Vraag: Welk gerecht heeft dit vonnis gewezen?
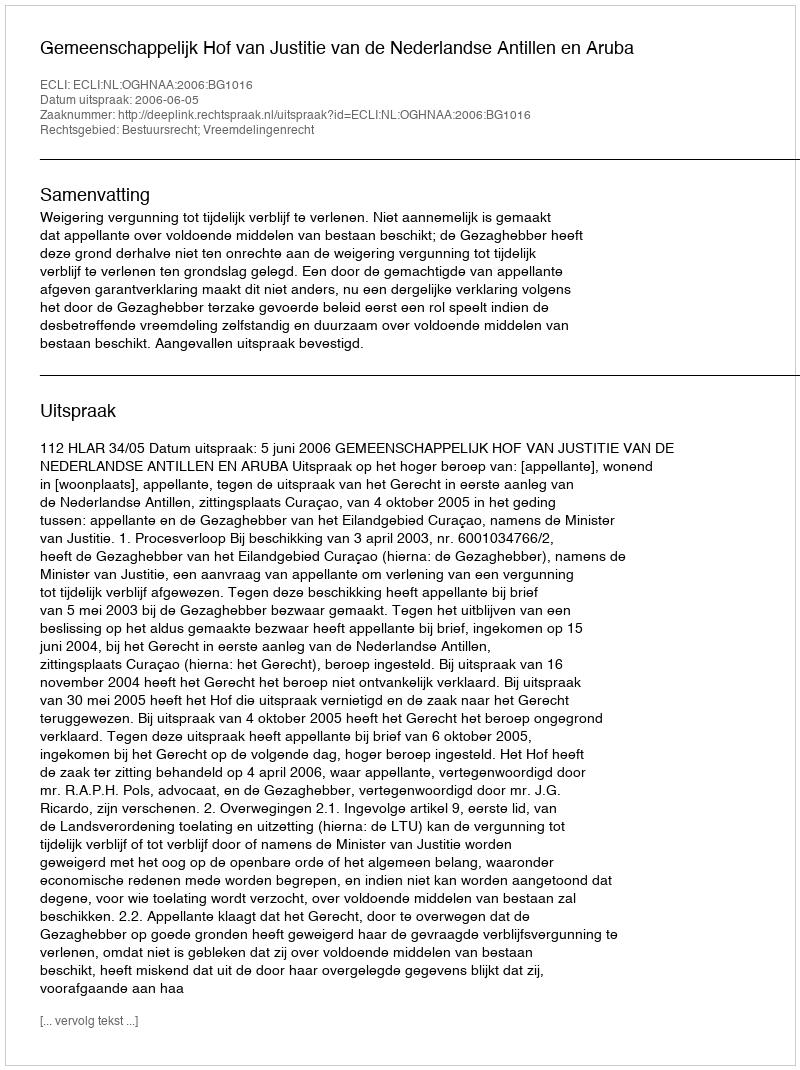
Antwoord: Gemeenschappelijk Hof van Justitie van de Nederlandse Antillen en Aruba